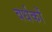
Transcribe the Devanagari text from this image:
वर्धकों